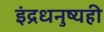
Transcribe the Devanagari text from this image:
इंद्रधनुष्यही